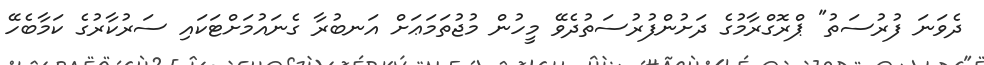
ދެވަނަ ފުރުސަތު" ޕްރޮގްރާމުގެ ދަށުންފުރުސަތުދެވޭ މީހުން މުޖުތަމަޢަށް އަނބުރާ ގެނައުމަށްޓަކައި ސަރުކާރުގެ ކަމާބެހޭ